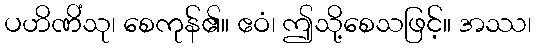
ပဟိဏိံသု၊ စေကုန်၏။ ဧဝံ၊ ဤသို့စေသဖြင့်။ အဿ၊